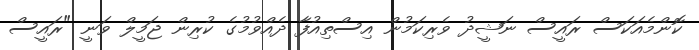
ކޮންމެއަކަސް ރައީސް ނަޝީދު ވެރިކަމުން އިސްތިއުފާ ދެއްވުމުގެ ކުރިން ޖަމީލް ވަނީ "ރައީސް